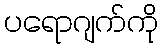
ပရောဂျက်ကို